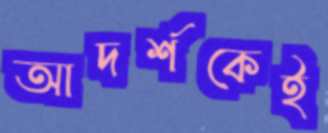
আদর্শকেই